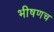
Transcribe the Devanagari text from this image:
भीषणच